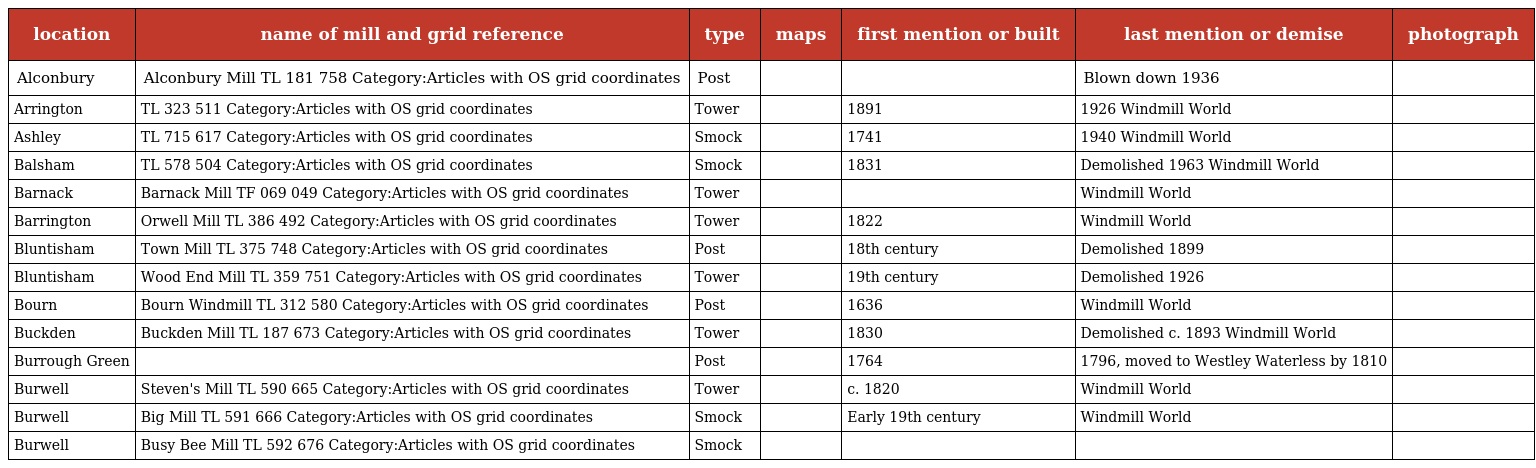
| location | name of mill and grid reference | type | maps | first mention or built | last mention or demise | photograph |
 | --- | --- | --- | --- | --- | --- | --- |
 | Alconbury | Alconbury Mill TL 181 758 Category:Articles with OS grid coordinates | Post |  |  | Blown down 1936 |  |
 | Arrington | TL 323 511 Category:Articles with OS grid coordinates | Tower |  | 1891 | 1926 Windmill World |  |
 | Ashley | TL 715 617 Category:Articles with OS grid coordinates | Smock |  | 1741 | 1940 Windmill World |  |
 | Balsham | TL 578 504 Category:Articles with OS grid coordinates | Smock |  | 1831 | Demolished 1963 Windmill World |  |
 | Barnack | Barnack Mill TF 069 049 Category:Articles with OS grid coordinates | Tower |  |  | Windmill World |  |
 | Barrington | Orwell Mill TL 386 492 Category:Articles with OS grid coordinates | Tower |  | 1822 | Windmill World |  |
 | Bluntisham | Town Mill TL 375 748 Category:Articles with OS grid coordinates | Post |  | 18th century | Demolished 1899 |  |
 | Bluntisham | Wood End Mill TL 359 751 Category:Articles with OS grid coordinates | Tower |  | 19th century | Demolished 1926 |  |
 | Bourn | Bourn Windmill TL 312 580 Category:Articles with OS grid coordinates | Post |  | 1636 | Windmill World |  |
 | Buckden | Buckden Mill TL 187 673 Category:Articles with OS grid coordinates | Tower |  | 1830 | Demolished c. 1893 Windmill World |  |
 | Burrough Green |  | Post |  | 1764 | 1796, moved to Westley Waterless by 1810 |  |
 | Burwell | Steven's Mill TL 590 665 Category:Articles with OS grid coordinates | Tower |  | c. 1820 | Windmill World |  |
 | Burwell | Big Mill TL 591 666 Category:Articles with OS grid coordinates | Smock |  | Early 19th century | Windmill World |  |
 | Burwell | Busy Bee Mill TL 592 676 Category:Articles with OS grid coordinates | Smock |  |  |  |  |